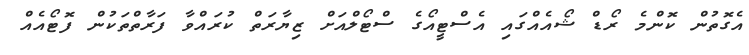
އެގޮތުން ކޮންމެ ރޯޑް ޝޯއެއްގައި އެސްޓީއޯގެ ސްޓޯލްއަށް ޒިޔާރަތް ކުރައްވާ ފަރާތްތަކުން ފޮޓޯއެއް